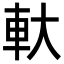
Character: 軑